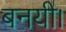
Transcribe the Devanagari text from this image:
बनयी।